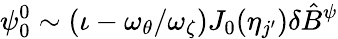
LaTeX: \psi_{0}^{0}\sim(\iota-\omega_{\theta}/\omega_{\zeta})J_{0}(\eta_{j^{\prime}})\delta\hat{B}^{\psi}